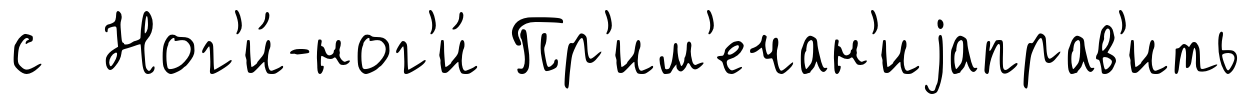
с Ног'и́-ног'и́ Пр'им'ечан'иjаправ'ить